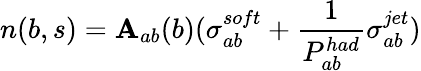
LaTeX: n(b,s)=\mathbf{A}_{ab}(b)(\sigma_{ab}^{soft}+{\frac{{1}}{{P_{ab}^{had}}}}\sigma_{ab}^{jet})